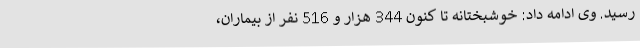
رسید. وی ادامه داد: خوشبختانه تا کنون 344 هزار و 516 نفر از بیماران،